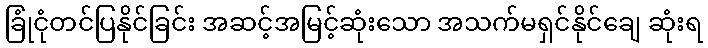
ခြုံငုံတင်ပြနိုင်ခြင်း အဆင့်အမြင့်ဆုံးသော အသက်မရှင်နိုင်ချေ ဆုံးရ